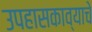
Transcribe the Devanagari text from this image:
उपहासकाव्याचे